38_143685_box_Incident_Summaries_173-233
Agency: Department of War
Page 113
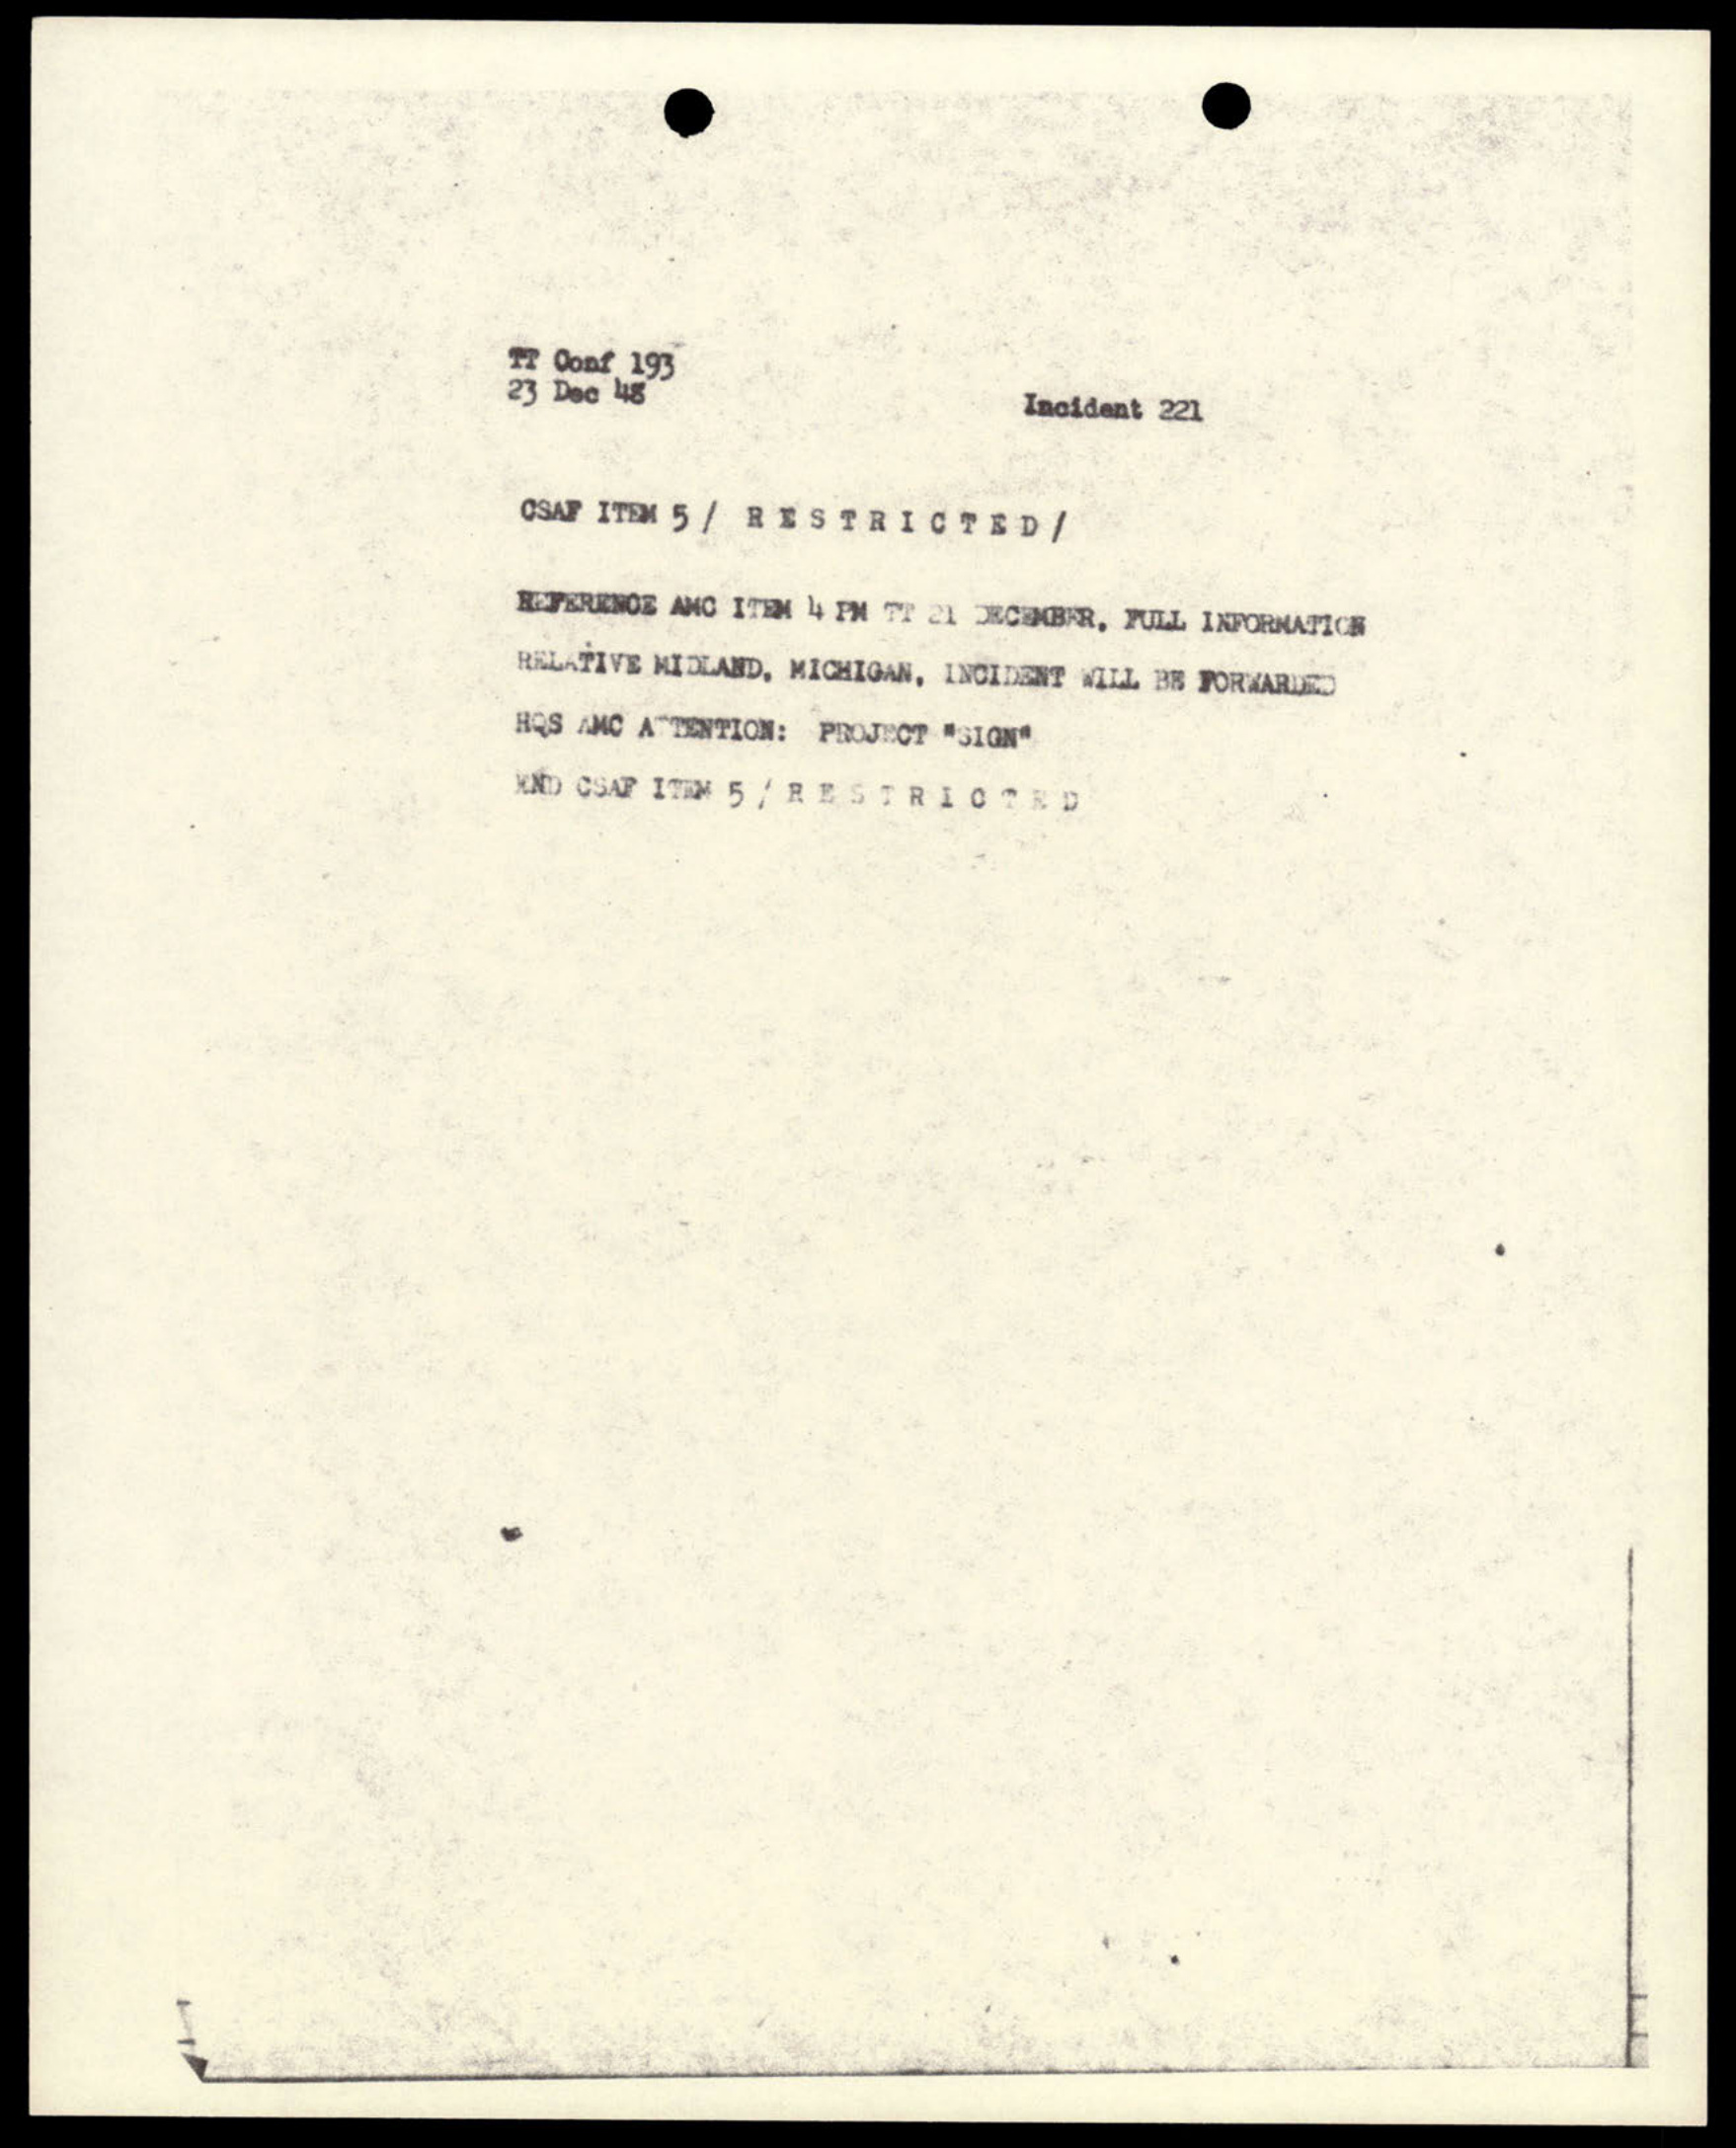